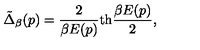
\tilde { \Delta } _ { \beta } ( p ) = { \frac { 2 } { \beta E ( p ) } } \mathrm { t h } { \frac { \beta E ( p ) } { 2 } } ,